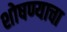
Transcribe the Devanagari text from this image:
शोषण्याचा